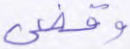
وقضي